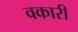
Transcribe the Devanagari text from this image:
वकारी